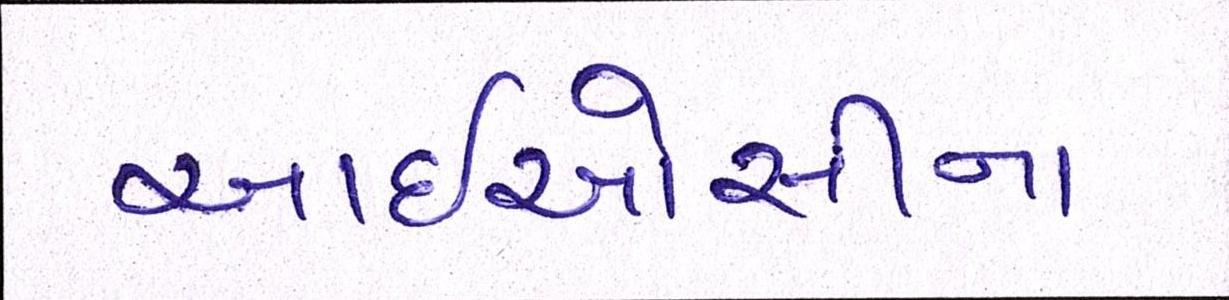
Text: આઈઓસીના